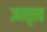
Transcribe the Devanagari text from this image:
ज्ञातृत्व